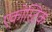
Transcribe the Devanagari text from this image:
एकोस्टिक